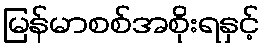
မြန်မာစစ်အစိုးရနှင့်